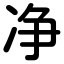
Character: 净